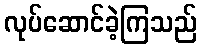
လုပ်ဆောင်ခဲ့ကြသည်